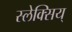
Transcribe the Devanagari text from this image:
स्लेक्सिय्